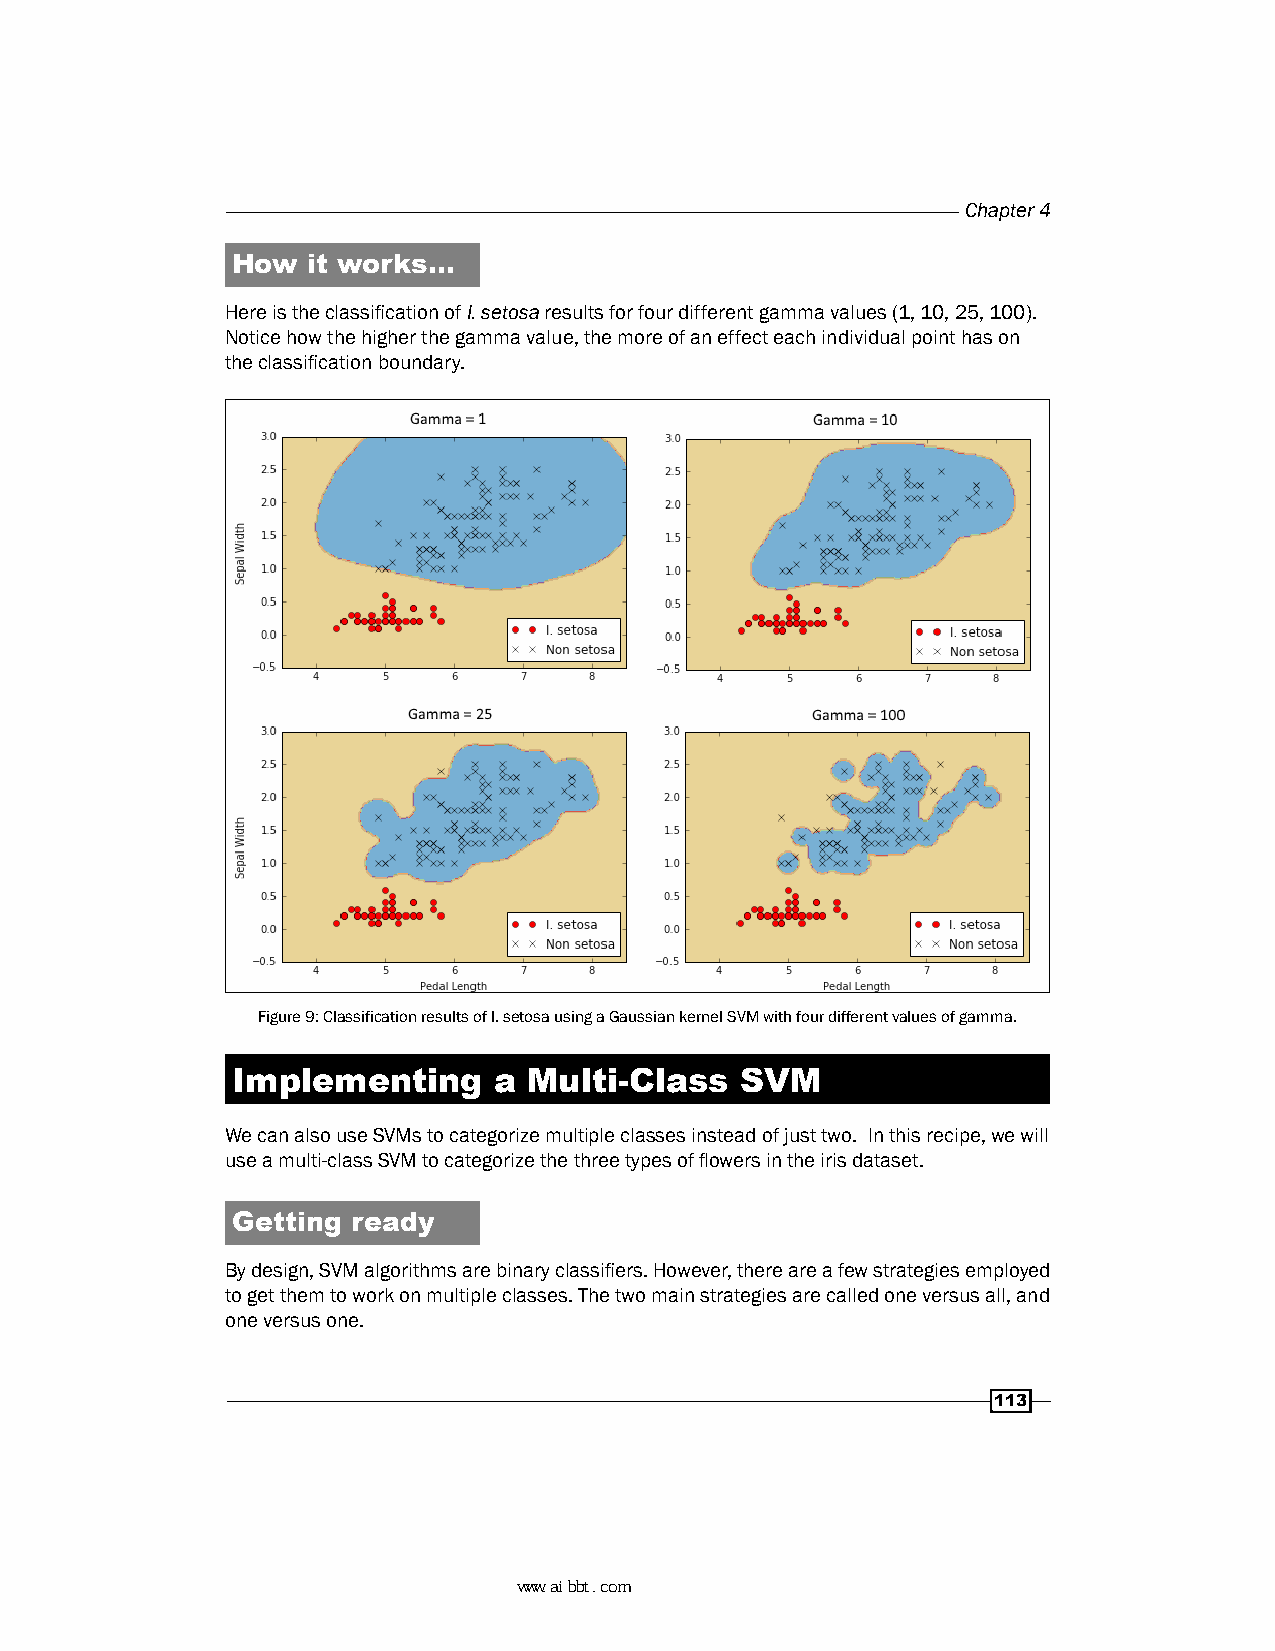
Chapter 4
 How  it works…
 Here is the classification of I. setosa results for four different gamma values (1, 10, 25, 100).
 Notice how the higher the gamma value, the more of an effect each individual point has on
 the classification boundary.
 Figure 9: Classification results of I. setosa using a Gaussian kernel SVM with four different values of gamma.
 Implementing      a Multi-Class   SVM
 We can also use SVMs to categorize multiple classes instead of just two. In this recipe, we will
 use a multi-class SVM to categorize the three types of flowers in the iris dataset.
 Getting ready
 By design, SVM algorithms are binary classifiers. However, there are a few strategies employed
 to get them to work on multiple classes. The two main strategies are called one versus all, and
 one versus one.
 113
 www.aibbt.com 让未来触手可及